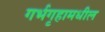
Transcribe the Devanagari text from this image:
गर्भगृहामधील